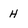
Character: H